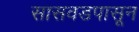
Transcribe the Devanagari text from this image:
सासवडपासून